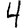
Digit: 4